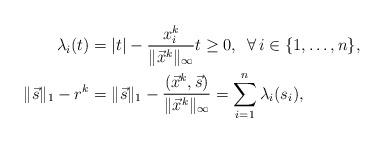
LaTeX: \begin{align*}\lambda_i(t) & =|t|-\frac{x_i^k}{\|\vec x^k\|_\infty} t\ge 0, \,\,\,\forall\, i\in\{1,\ldots,n\}, \\\|\vec s\|_1-r^k &=\|\vec s\|_1-\frac{(\vec x^k, \vec s)}{\|\vec x^k\|_\infty} = \sum_{i=1}^n \lambda_i(s_i),\end{align*}